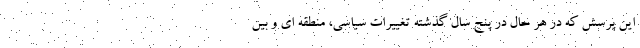
این پرسش که در هر حال در پنج سال گذشته تغییرات سیاسی، منطقه ای و بین